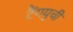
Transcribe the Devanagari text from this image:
टैंगयुची